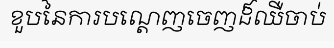
ខួបនៃការបណ្តេញចេញដ៏ឈឺចាប់